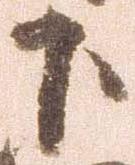
下